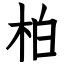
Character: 柏